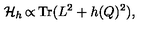
{ \cal H } _ { h } \thinspace { \propto } \thinspace \mathrm { T r } ( L ^ { 2 } + h ( Q ) ^ { 2 } ) ,